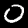
Label: 0